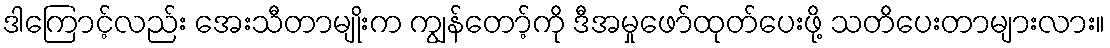
ဒါကြောင့်လည်း အေးသီတာမျိုးက ကျွန်တော့်ကို ဒီအမှုဖော်ထုတ်ပေးဖို့ သတိပေးတာများလား။